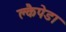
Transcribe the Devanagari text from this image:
क्लैपेडा